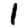
Digit: 1